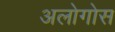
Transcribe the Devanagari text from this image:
अलोगोस